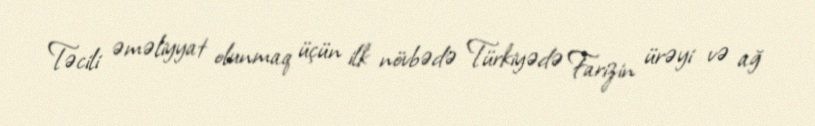
Təcili əməliyyat olunmaq üçün ilk növbədə Türkiyədə Farizin ürəyi və ağ